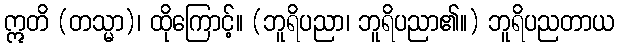
ဣတိ (တသ္မာ)၊ ထိုကြောင့်။ (ဘူရိပညာ၊ ဘူရိပညာ၏။) ဘူရိပညတာယ